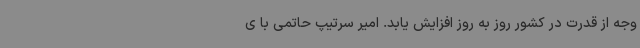
وجه از قدرت در کشور روز به روز افزایش یابد. امیر سرتیپ حاتمی با ی